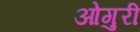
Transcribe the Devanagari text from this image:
ओगुरी